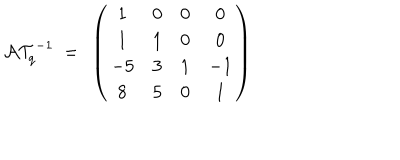
LaTeX: { \cal A T } _ { q } ^ { - 1 } ~ = ~ \left( \begin{matrix} { { 1 } } & { { 0 } } & { { 0 } } & { { 0 } } \\ { { 1 } } & { { 1 } } & { { 0 } } & { { 0 } } \\ { { - 5 } } & { { 3 } } & { { 1 } } & { { - 1 } } \\ { { 8 } } & { { 5 } } & { { 0 } } & { { 1 } } \\ \end{matrix} \right)